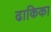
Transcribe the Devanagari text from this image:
ढाकिका